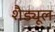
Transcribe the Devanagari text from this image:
शैड्यूल